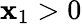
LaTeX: \mathbf{x}_{1}>0